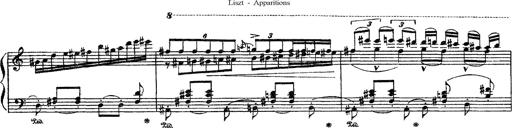
Title: Apparitions
Composer: Franz Liszt